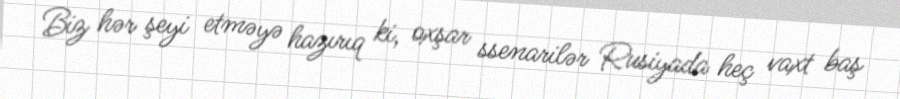
Biz hər şeyi etməyə hazırıq ki, oxşar ssenarilər Rusiyada heç vaxt baş